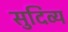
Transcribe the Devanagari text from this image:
सुदिव्य